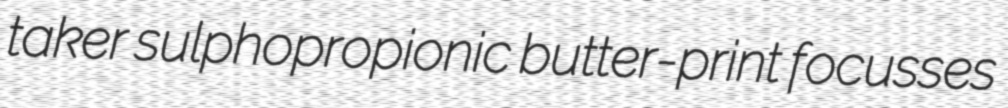
taker sulphopropionic butter-print focusses